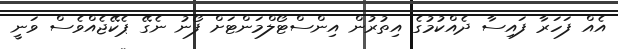
އެއް ފަހަރާ ފައިސާ ދެއްކުމުގެ އިތުރުން އިންސްޓޯލްމަންޓަށް ފޯނު ނެގޭ ޕެކޭޖެއްވެސް ވަނީ